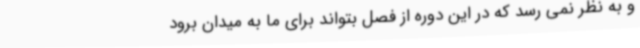
و به نظر نمی رسد که در این دوره از فصل بتواند برای ما به میدان برود